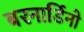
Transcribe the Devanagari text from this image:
बरनार्डिनो